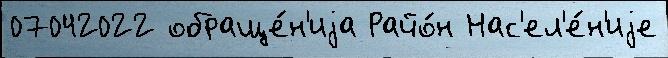
07042022 обраще́н'иjа Райо́н Нас'ел'е́н'иjе